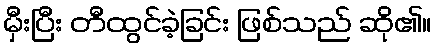
မှီးပြီး တီထွင်ခဲ့ခြင်း ဖြစ်သည် ဆို၏။